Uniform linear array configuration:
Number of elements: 8
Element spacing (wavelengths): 0.75
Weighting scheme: blackman
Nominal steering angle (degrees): -60
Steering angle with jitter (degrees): -59.172
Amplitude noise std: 0.05
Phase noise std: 0.05

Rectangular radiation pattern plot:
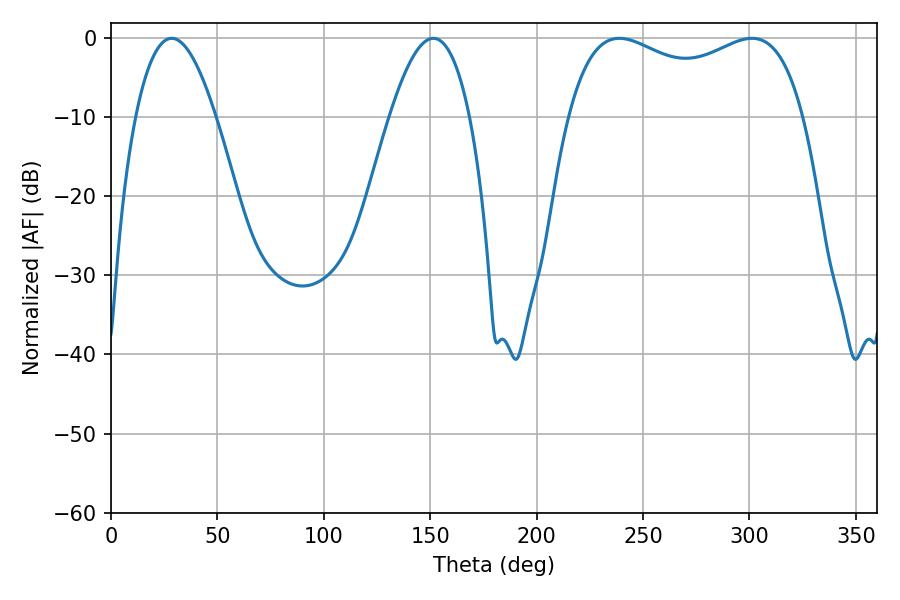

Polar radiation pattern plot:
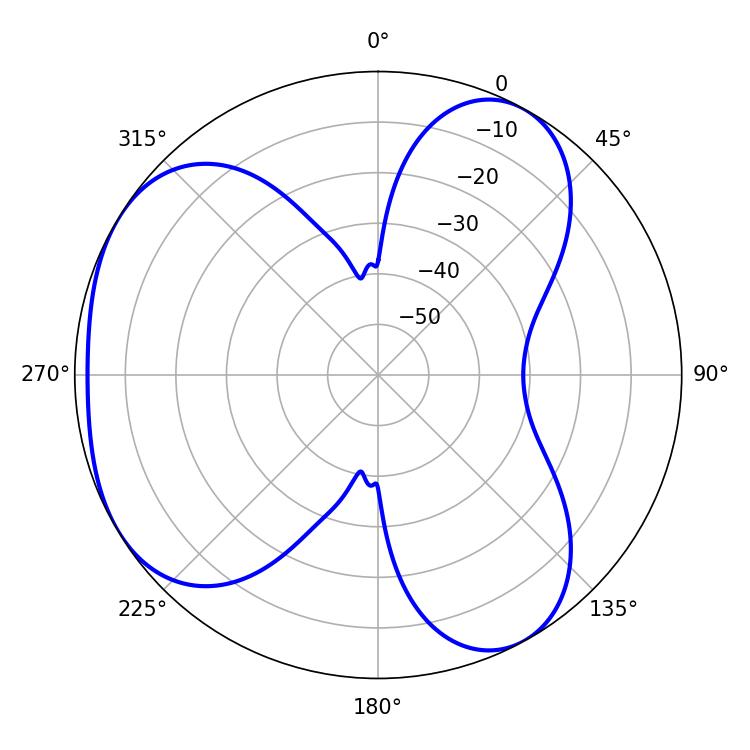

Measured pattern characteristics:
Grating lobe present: TRUE
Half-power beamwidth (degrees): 91.44
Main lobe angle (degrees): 238.86